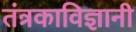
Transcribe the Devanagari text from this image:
तंत्रकाविज्ञानी